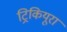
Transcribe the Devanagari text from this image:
ट्रिकियूरा